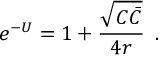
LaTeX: e ^ { - U } = 1 + { \frac { \sqrt { C \bar { C } } } { 4 r } } \, \ .